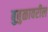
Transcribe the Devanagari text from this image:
बुबुळावरील